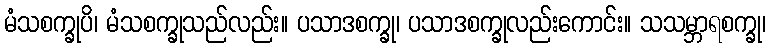
မံသစက္ခုပိ၊ မံသစက္ခုသည်လည်း။ ပသာဒစက္ခု၊ ပသာဒစက္ခုလည်းကောင်း။ သသမ္ဘာရစက္ခု၊